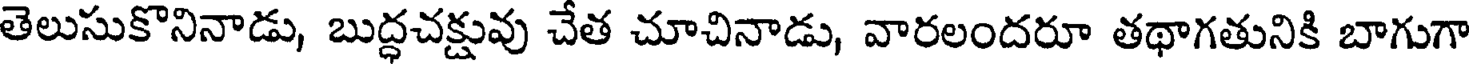
తెలుసుకొనినాడు, బుద్ధచక్షువు చేత చూచినాడు, వారలందరూ తథాగతునికి బాగుగా